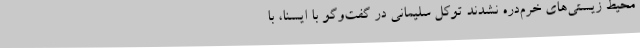
محیط زیستی‌های خرم‌دره نشدند توکل سلیمانی در گفت‌وگو با ایسنا، با